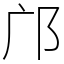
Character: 邝